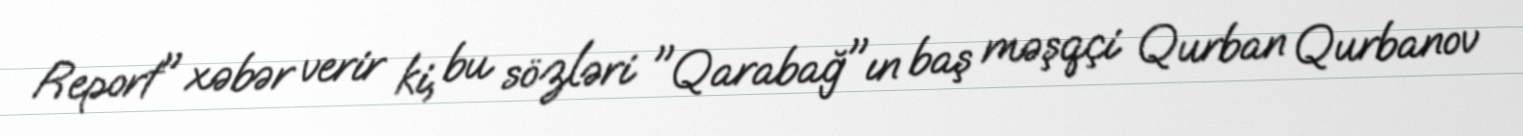
Report" xəbər verir ki, bu sözləri "Qarabağ"ın baş məşqçi Qurban Qurbanov